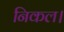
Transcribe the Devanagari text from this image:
निकल।